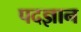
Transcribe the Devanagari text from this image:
पदज्ञान